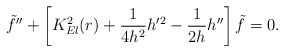
\begin{align*}{\tilde {f}}''+\left[ K^{2}_{El}(r) +\frac {1}{4h^{2}} h'^{2}-\frac {1}{2h} h'' \right] {\tilde {f}} =0.\end{align*}